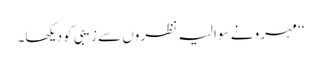
‘‘ مہرو نے سوالیہ نظروں سے زیبی کو دیکھا۔